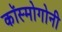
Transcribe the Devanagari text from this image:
कॉस्मोगोनी